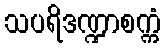
သပရိဒဏ္ဍာစက္ကံ